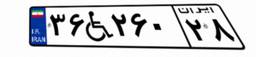
۳۶W۲۶۰۲۸